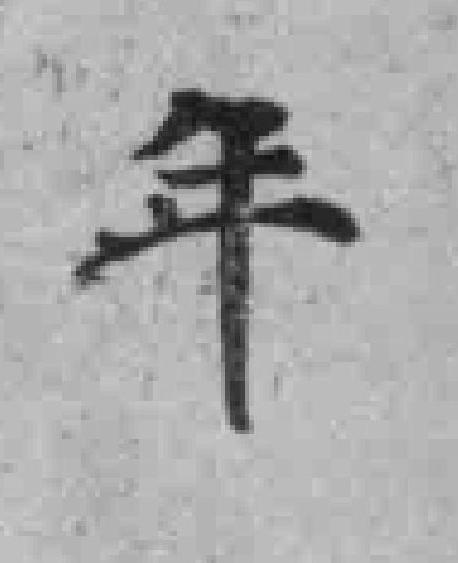
年